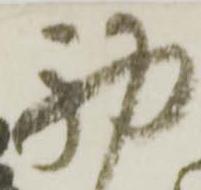
初